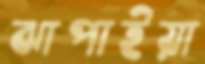
ঝাপাইয়া